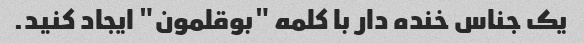
یک جناس خنده دار با کلمه "بوقلمون" ایجاد کنید.